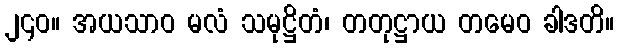
၂၄၀။ အယသာဝ မလံ သမုဋ္ဌိတံ၊ တတုဋ္ဌာယ တမေဝ ခါဒတိ။